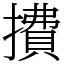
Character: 㩌